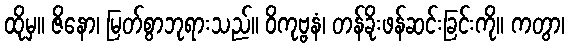
ထိုမှ။ ဇိနော၊ မြတ်စွာဘုရားသည်။ ဝိကုဗ္ဗနံ၊ တန်ခိုးဖန်ဆင်းခြင်းကို။ ကတွာ၊